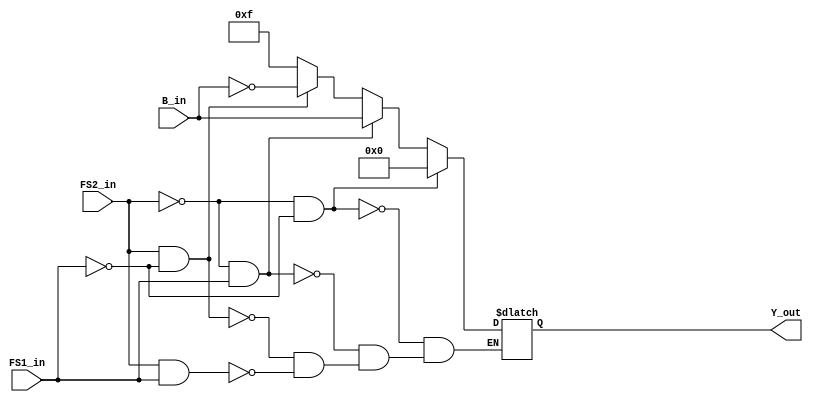
module dxp_Blogic_v (FS2_in, FS1_in, B_in, Y_out);
	input FS2_in, FS1_in;
	input [3:0] B_in;
	output reg [3:0] Y_out;
	
	always @(FS2_in or FS1_in or B_in)
	 	if (FS2_in == 0 && FS1_in == 0)
			Y_out <= 4'b0000;
		else if (FS2_in == 0 && FS1_in == 1)
			Y_out <= B_in;
		else if (FS2_in == 1 && FS1_in == 0)
			Y_out <= ~B_in;	
		else if (FS2_in == 1 && FS1_in == 1)
			Y_out <= 4'b1111;	
endmodule